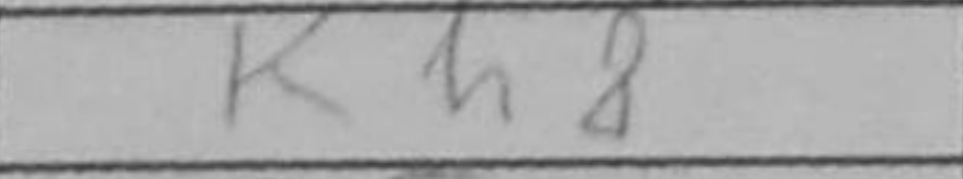
Transcription: Rh8